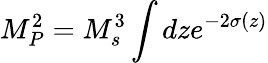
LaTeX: M_{P}^{2}=M_{s}^{3}\int dze^{-2\sigma(z)}